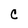
Character: C